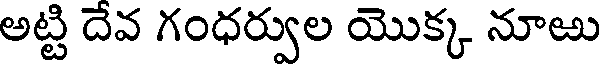
అట్టి దేవ గంధర్వుల యొక్క నూఱు